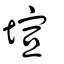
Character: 塇